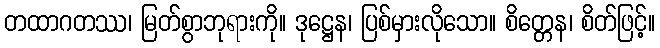
တထာဂတဿ၊ မြတ်စွာဘုရားကို။ ဒုဋ္ဌေန၊ ပြစ်မှားလိုသော။ စိတ္တေန၊ စိတ်ဖြင့်။